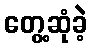
တွေ့ဆုံခဲ့